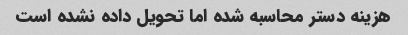
هزینه دستر محاسبه شده اما تحویل داده نشده است